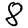
Digit: 8